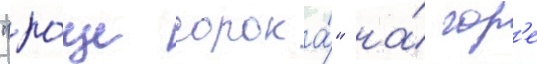
"ро́ще сорока́" на́ гор'е